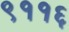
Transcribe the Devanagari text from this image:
९११६